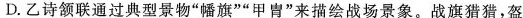
D.乙诗颔联通过典型景物”幡旗””甲胄”来描绘战场景象。战旗猎猎，盔